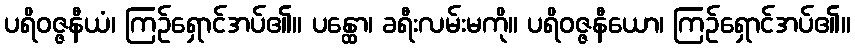
ပရိဝဇ္ဇနီယံ၊ ကြဉ်ရှောင်အပ်၏။ ပန္ထော၊ ခရီးလမ်းမကို။ ပရိဝဇ္ဇနီယော၊ ကြဉ်ရှောင်အပ်၏။